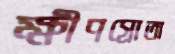
ক্ষীণস্রোতা